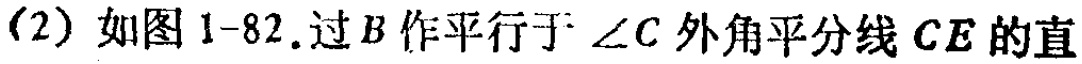
(2) 如图1-82.过\(B\)作平行于\(\angle C\)外角平分线\(CE\)的直